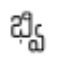
భ్వి